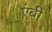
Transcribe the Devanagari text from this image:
एंबी